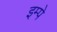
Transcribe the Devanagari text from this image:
इम्पे